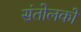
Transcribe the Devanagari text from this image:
संतोलकों